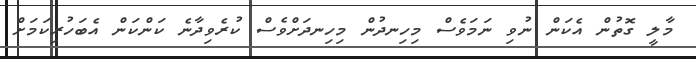
މާލީ ގޮތުން އެކަން ނުވި ނަމަވެސް މިހިނދުން މިހިނދަށްވެސް ކުރެވިދާނެ ކަންކަން އެބަހުރިކަމަށް